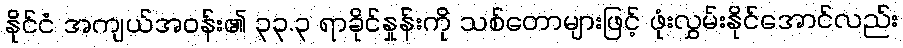
နိုင်ငံ အကျယ်အဝန်း၏ ၃၃.၃ ရာခိုင်နှုန်းကို သစ်တောများဖြင့် ဖုံးလွှမ်းနိုင်အောင်လည်း